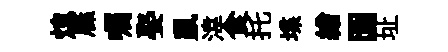
熄屧嘱娶鼠湋食托堞繒園址